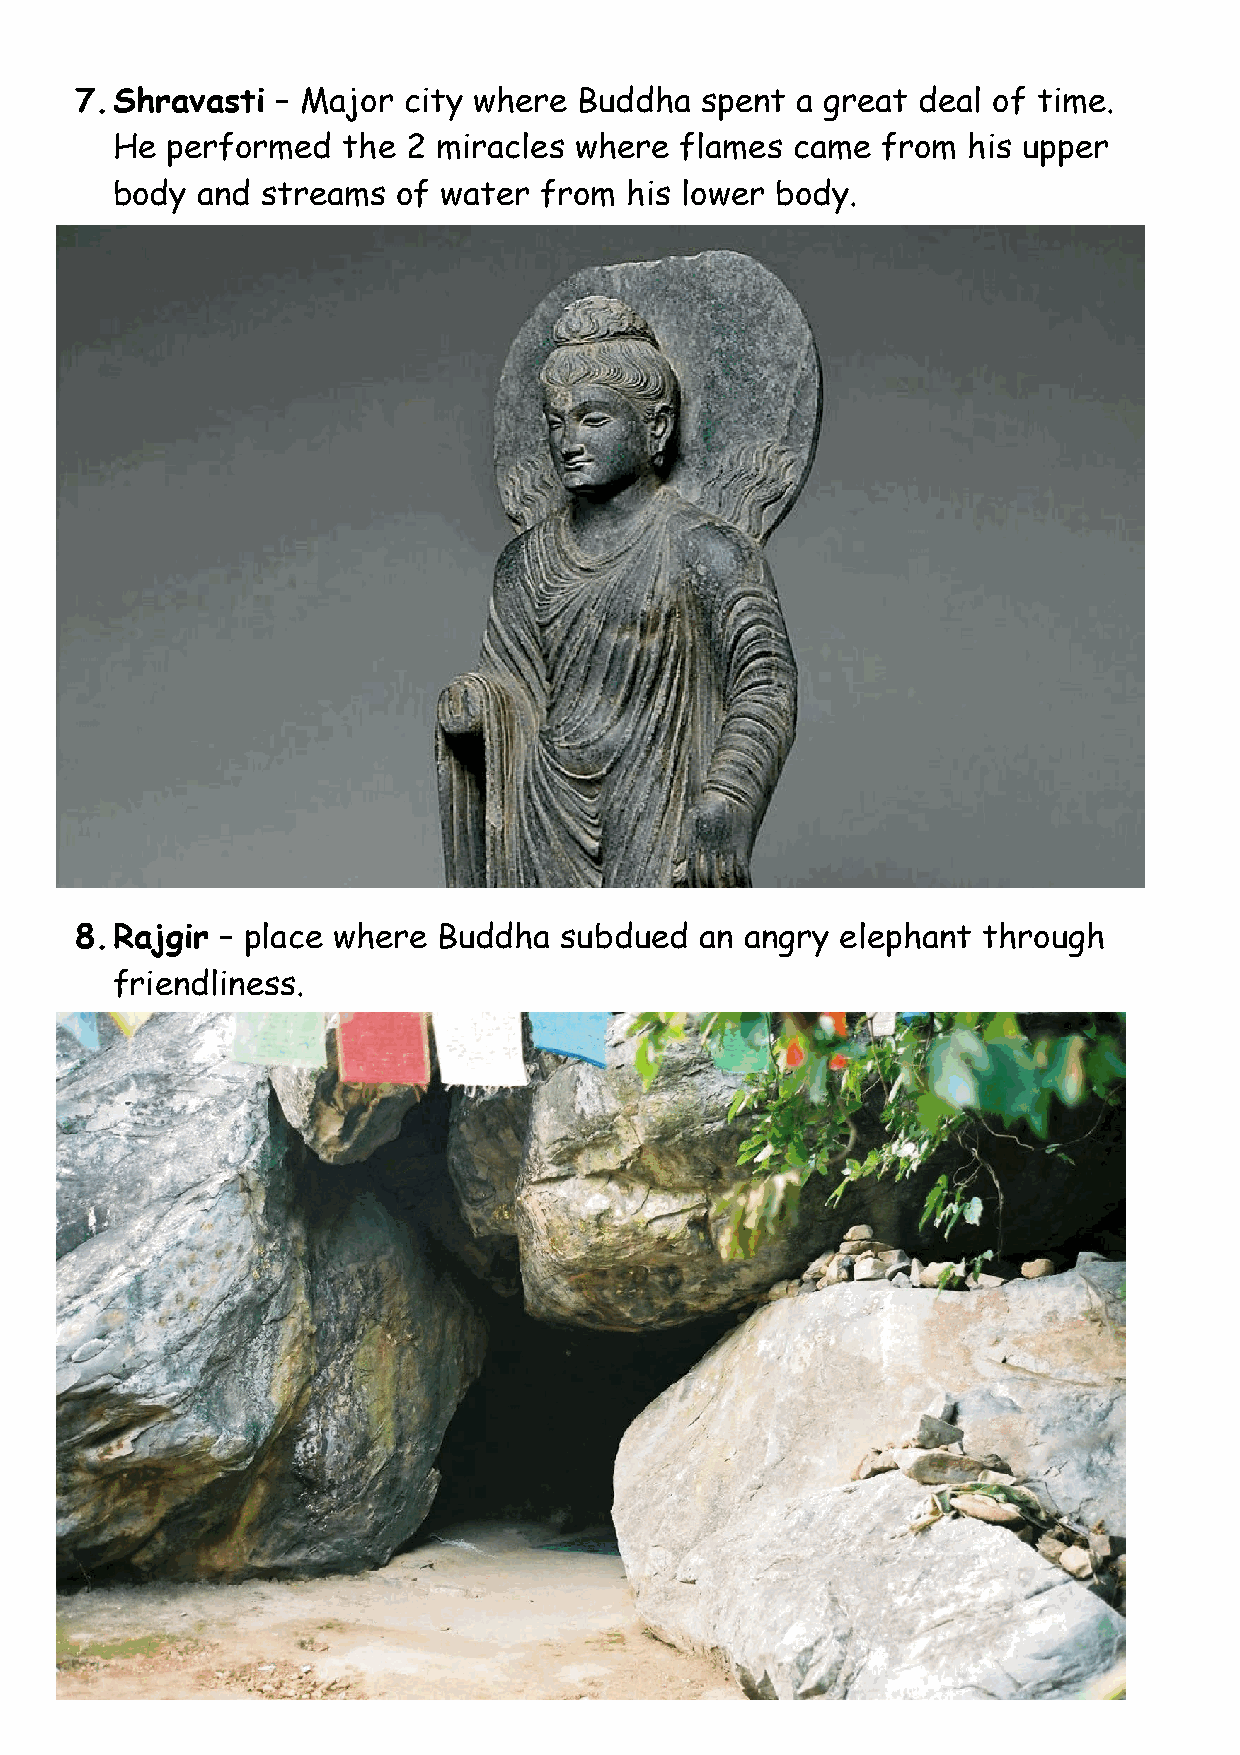
7. Shravasti – Major  city where Buddha  spent  a great deal of time.
 He  performed   the 2 miracles where  flames came  from  his upper
 body  and streams  of water  from his lower body.
 8. Rajgir – place where Buddha  subdued  an angry  elephant through
 friendliness.